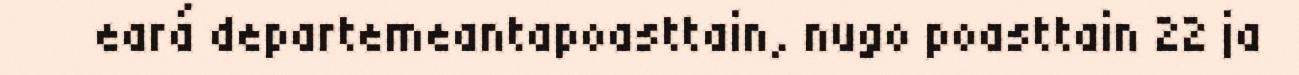
eará departemeantapoasttain, nugo poasttain 22 ja